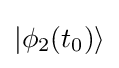
|\phi _{2}(t_{0})\rangle